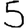
Digit: 5